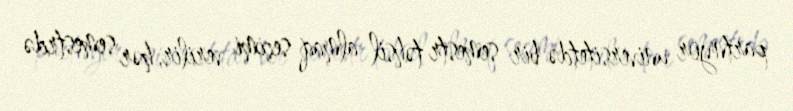
partnyor universitetdə bir semestr təhsil almaq seçimi verilir, hər semestrdə